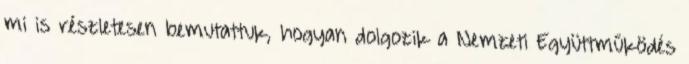
mi is részletesen bemutattuk, hogyan dolgozik a Nemzeti Együttműködés